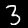
Label: 3